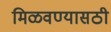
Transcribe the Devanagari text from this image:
मिळवण्यासठी